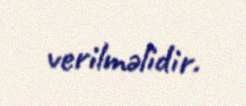
verilməlidir.